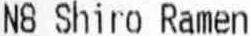
N8 SHIRO RAMEN